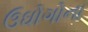
ઉઘોગોના